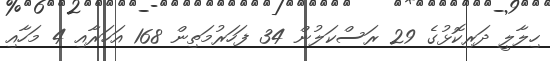
ހިލާލީ ދަރިކޮޅުގެ 29 ރަސްކަލުން 34 ފަހަރުމަތިން 168 އަހަރާއި 4 މަހާއި